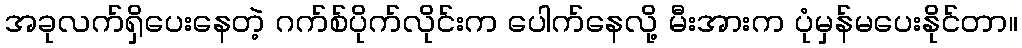
အခုလက်ရှိပေးနေတဲ့ ဂက်စ်ပိုက်လိုင်းက ပေါက်နေလို့ မီးအားက ပုံမှန်မပေးနိုင်တာ။